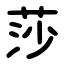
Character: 莎